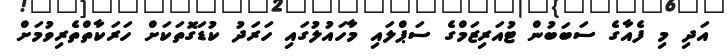
އަދި މި ފެއާގެ ސަބަބުން ޓުއަރިޒަމްގެ ސަޕްލައި މާހައުލުގައި ހަރަދު ކުޑަގޮތަކަށް ހަރަކާތްތެރިވުމަށް